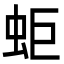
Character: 蚷